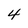
Character: 4